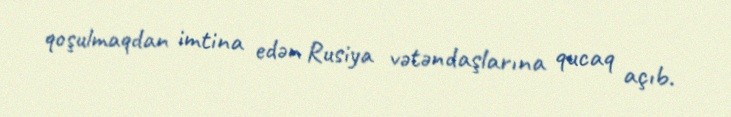
qoşulmaqdan imtina edən Rusiya vətəndaşlarına qucaq açıb.